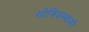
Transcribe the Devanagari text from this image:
गोविदस्वामी